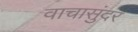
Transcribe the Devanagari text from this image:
वाचासुंदर